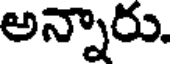
అన్నారు.